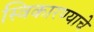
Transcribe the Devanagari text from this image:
स्विकारण्याचे